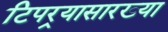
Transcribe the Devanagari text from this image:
टिपर्‍यासारख्या